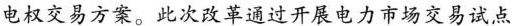
电权交易方案。此次改革通过开展电力市场交易试点工